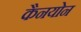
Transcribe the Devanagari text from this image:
कैनयोन